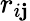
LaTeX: r_{i\mathbf{j}}